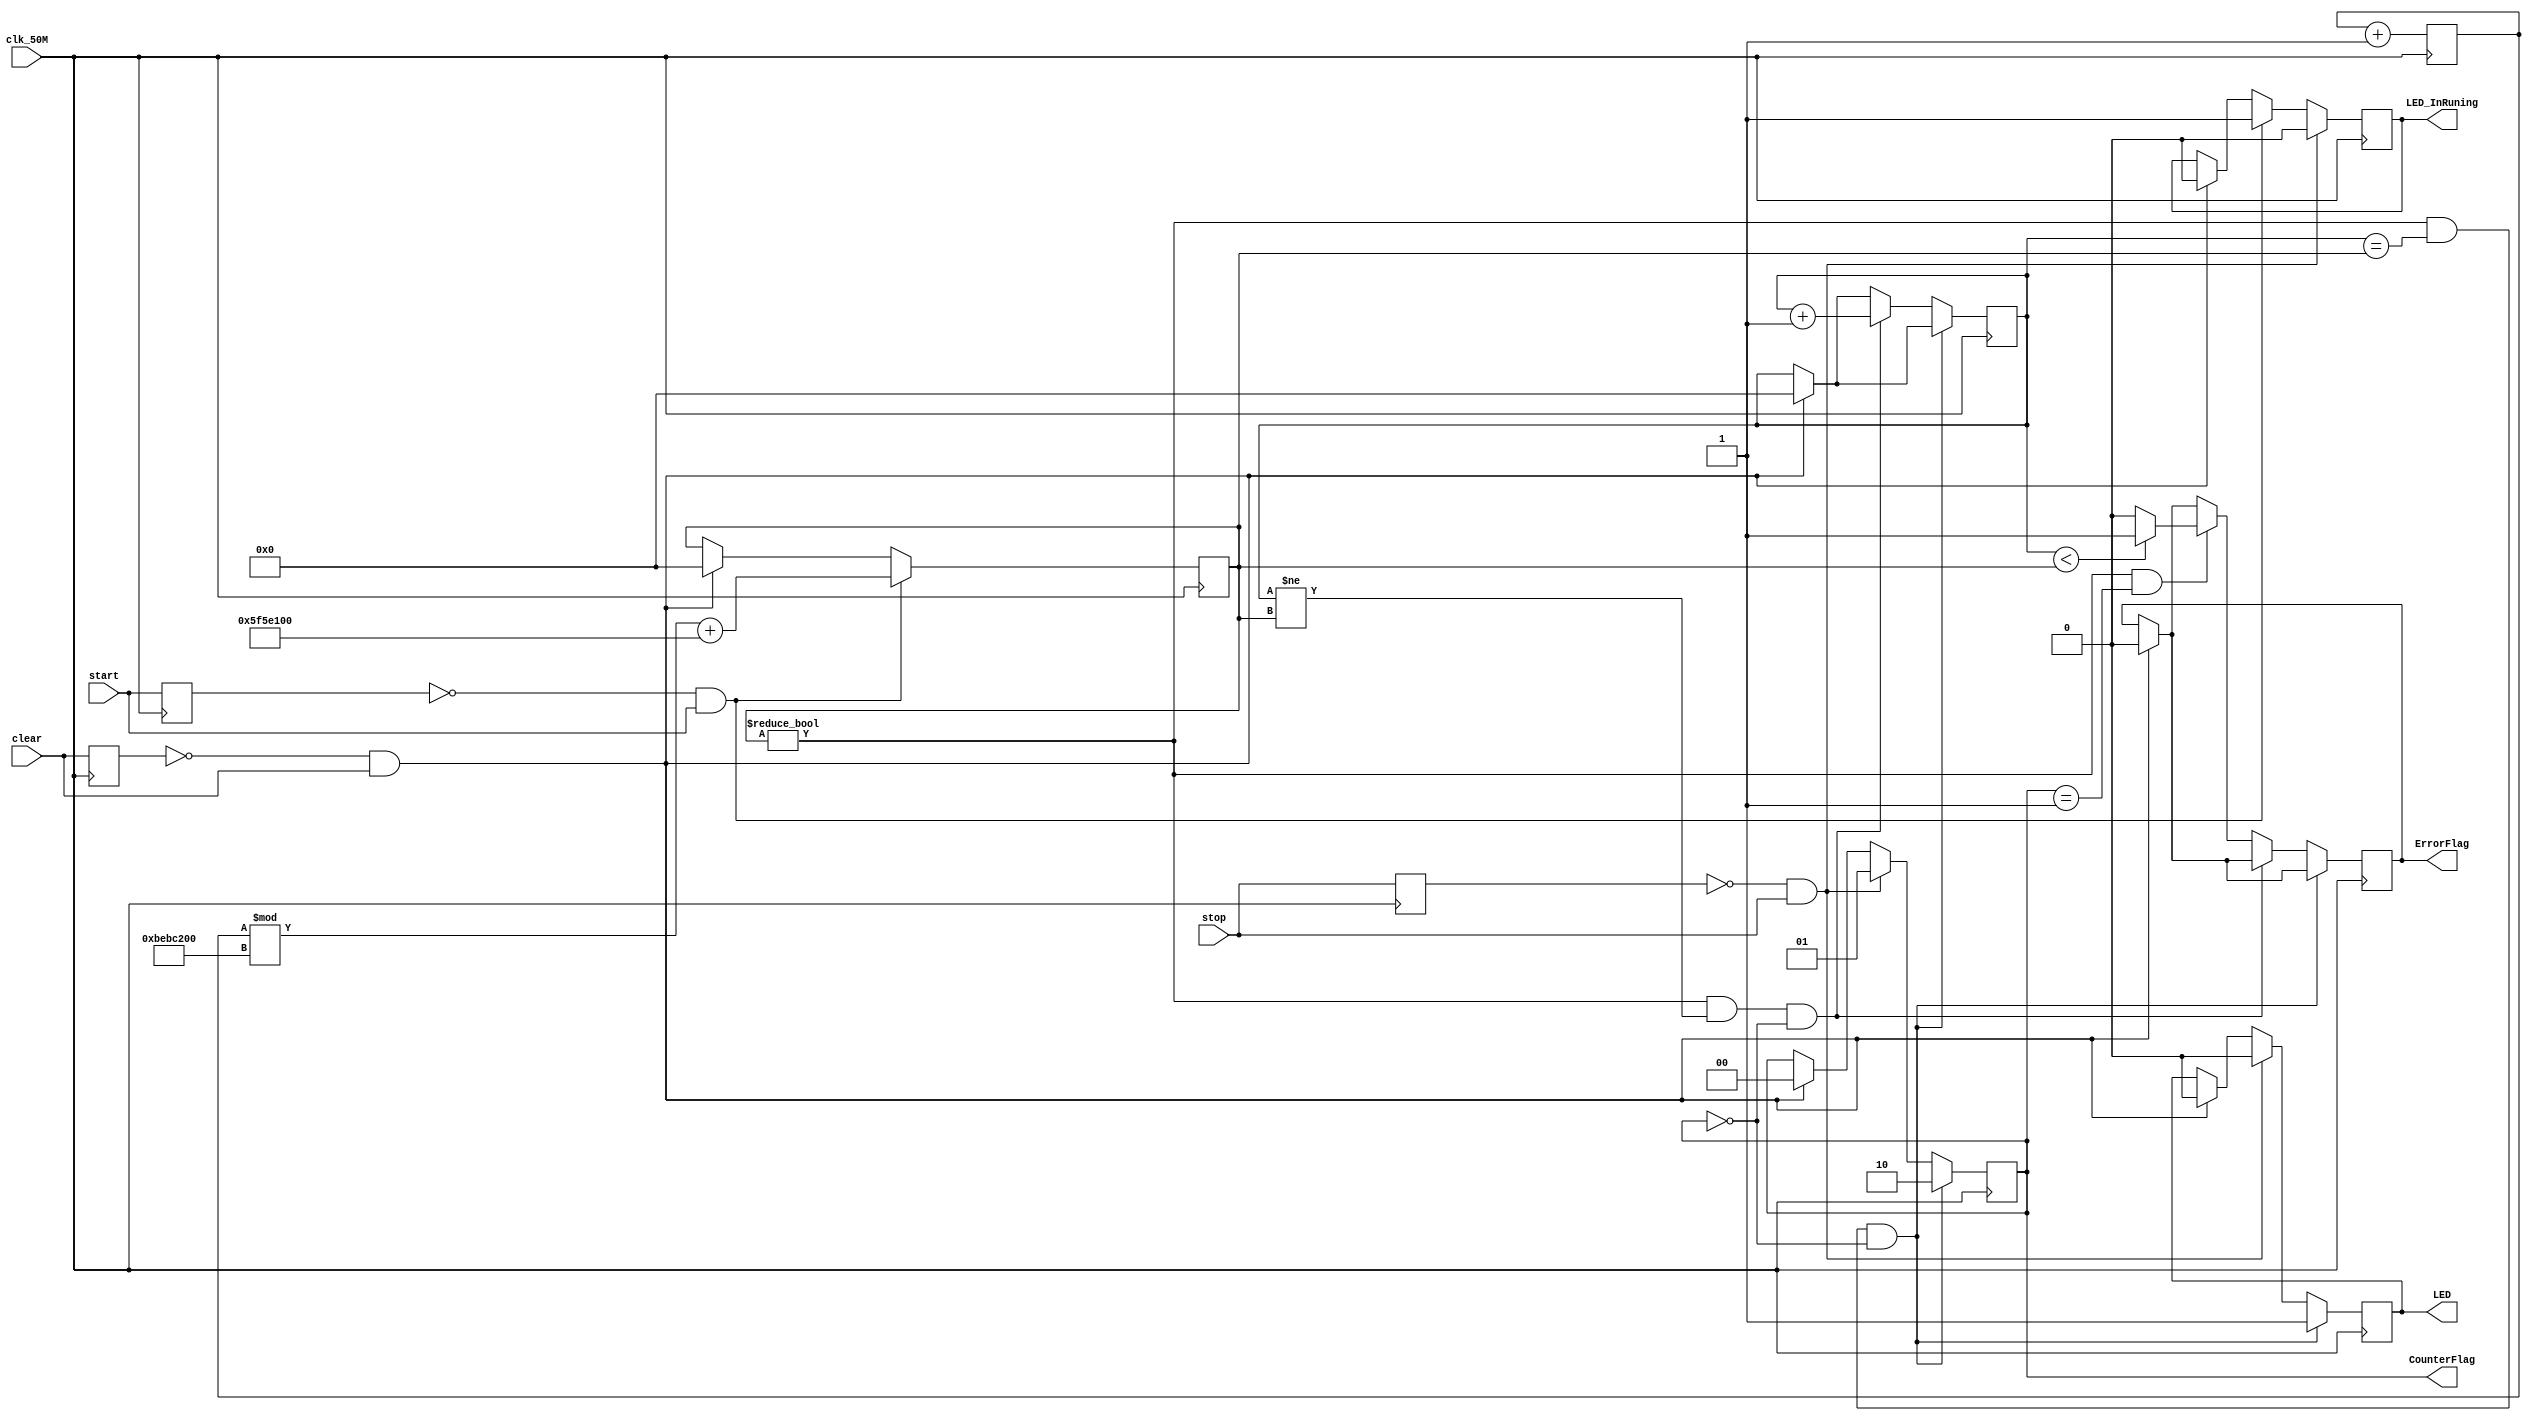
//startLED
//stopLED
//E
module MainLogic(
    clk_50M,clear,start,stop,CounterFlag,ErrorFlag,LED,LED_InRuning
);
//
//clk_50M50MHzclearstartstop
input clk_50M,clear,start,stop;
//
//CounterFlag
//00->01->10->
output reg [1:0]CounterFlag;
//ErrorFlag
output reg ErrorFlag;
//LEDLED
output reg LED;
//LED_InRuning
output reg LED_InRuning;

//
//RandomGenerator
//321
//1
reg [31:0]RandomGenerator;

//RandomNum2s6s
//50MHz2s6s100000000300000000
reg [31:0]RandomNum;

//clear_temp:clearclear
//start_temp:startstart
//stop_temp:stopstop
reg clear_temp,start_temp,stop_temp;

//counterLED
reg [31:0]counter;

initial begin
    //
    clear_temp <= 1'b0;
    start_temp <= 1'b0;
    stop_temp <= 1'b0;
    CounterFlag <= 2'b00;
    ErrorFlag <= 1'b0;
    LED <= 1'b0;
    counter <= 32'b0;
    RandomNum <= 32'b0;
    RandomGenerator <= 32'b0;
end

always @(posedge clk_50M) begin
    //
    RandomGenerator <= RandomGenerator + 1;
    
    //clear
    if(clear_temp == 1'b0 && clear == 1'b1) begin
        CounterFlag <= 2'b00;   
        ErrorFlag <= 1'b0;
        LED <= 1'b0;
        LED_InRuning <= 1'b0;
        counter <= 32'b0;
        RandomNum <= 32'b0;
    end

    //start
    if(start_temp == 1'b0 && start == 1'b1) begin
        LED_InRuning <= 1'b1;
        //02^32-1100000000300000000
        RandomNum <= RandomGenerator % 200000000 + 100000000;
    end

    //stop
    if(stop_temp == 1'b0 && stop == 1'b1) begin

        //LED
        CounterFlag <= 2'b01;
        LED_InRuning <= 1'b0;
        LED <= 1'b0;

    end

    //
    if (RandomNum != 0 && counter == RandomNum && CounterFlag == 2'b00) begin
        //LED
        CounterFlag <= 2'b10;
        LED <= 1'b1;
    end
    //
    else if (RandomNum != 0 && counter != RandomNum && CounterFlag == 2'b00) begin
        counter <= counter + 1;//
    end
    //
    else if (RandomNum != 0 && CounterFlag == 2'b01) begin
        //ErrorFlag10
        if (counter < RandomNum) begin  
            ErrorFlag <= 1'b1;
        end
        else begin
            ErrorFlag <= 1'b0;
        end
    end
    
    //clear_tempstart_tempstop_temp
    clear_temp <= clear;
    start_temp <= start;
    stop_temp <= stop;
end

endmodule